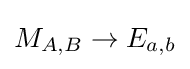
M_{A,B}\rightarrow E_{a,b}